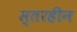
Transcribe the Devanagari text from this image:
स्तरहीन